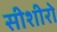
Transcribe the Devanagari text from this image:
सीशीरो